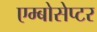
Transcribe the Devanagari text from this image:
एम्बोसेप्टर